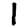
Digit: 1